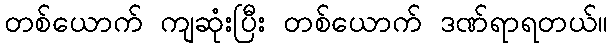
တစ်ယောက် ကျဆုံးပြီး တစ်ယောက် ဒဏ်ရာရတယ်။